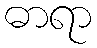
ဓာရာ